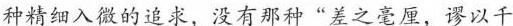
种精细入微的追求，没有那种”差之毫厘，谬以千